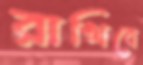
রাখিবে